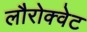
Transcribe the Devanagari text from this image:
लौरोक्वेट